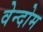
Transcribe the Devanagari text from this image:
वेन्दोम